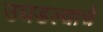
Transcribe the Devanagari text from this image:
उघडल्‍याचे